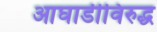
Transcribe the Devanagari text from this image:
आघाडीविरुद्ध